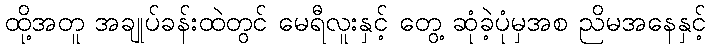
ထို့အတူ အချုပ်ခန်းထဲတွင် မေရီလူးနှင့် တွေ့ ဆုံခဲ့ပုံမှအစ ညိမအနေနှင့်